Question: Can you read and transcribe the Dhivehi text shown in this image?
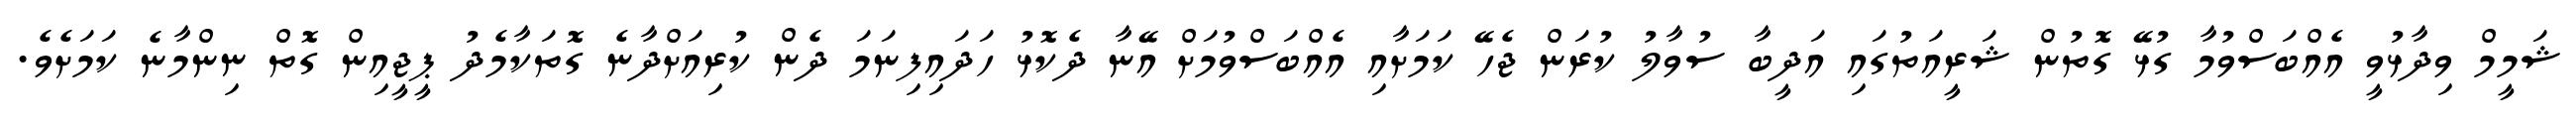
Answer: ޝަމީމް ވިދާޅުވީ އެއްބަސްވުމާ ގުޅޭ ގޮތުން ޝަރީއަތުގައި އަދީބާ ސުވާލު ކުރަން ޖެހޭ ކަމަށާއި އެއްބަސްވުމަށް އޭނާ ދެކޮޅު ހަދައިފިނަމަ ދެން ކުރިއަށްދާނެ ގޮތަކާމެދު ޕީޖީއިން ގޮތް ނިންމާނެ ކަމަށެވެ.